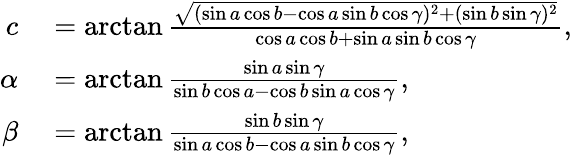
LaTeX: \begin{array}{rl}{c}&{{}=\arctan{\frac{\sqrt{(\sin a\cos b-\cos a\sin b\cos\gamma)^{2}+(\sin b\sin\gamma)^{2}}}{\cos a\cos b+\sin a\sin b\cos\gamma}},}\\ {\alpha}&{{}=\arctan{\frac{\sin a\sin\gamma}{\sin b\cos a-\cos b\sin a\cos\gamma}},}\\ {\beta}&{{}=\arctan{\frac{\sin b\sin\gamma}{\sin a\cos b-\cos a\sin b\cos\gamma}},}\end{array}